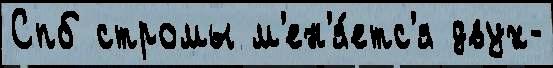
Спб стромы м'ен'я́етс'я двух-